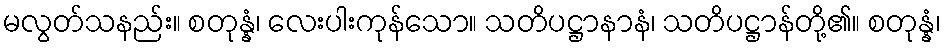
မလွတ်သနည်း။ စတုန္နံ၊ လေးပါးကုန်သော။ သတိပဋ္ဌာနာနံ၊ သတိပဋ္ဌာန်တို့၏။ စတုန္နံ၊